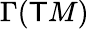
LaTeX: \Gamma(\mathsf{T}M)